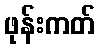
ဖုန်းကတ်